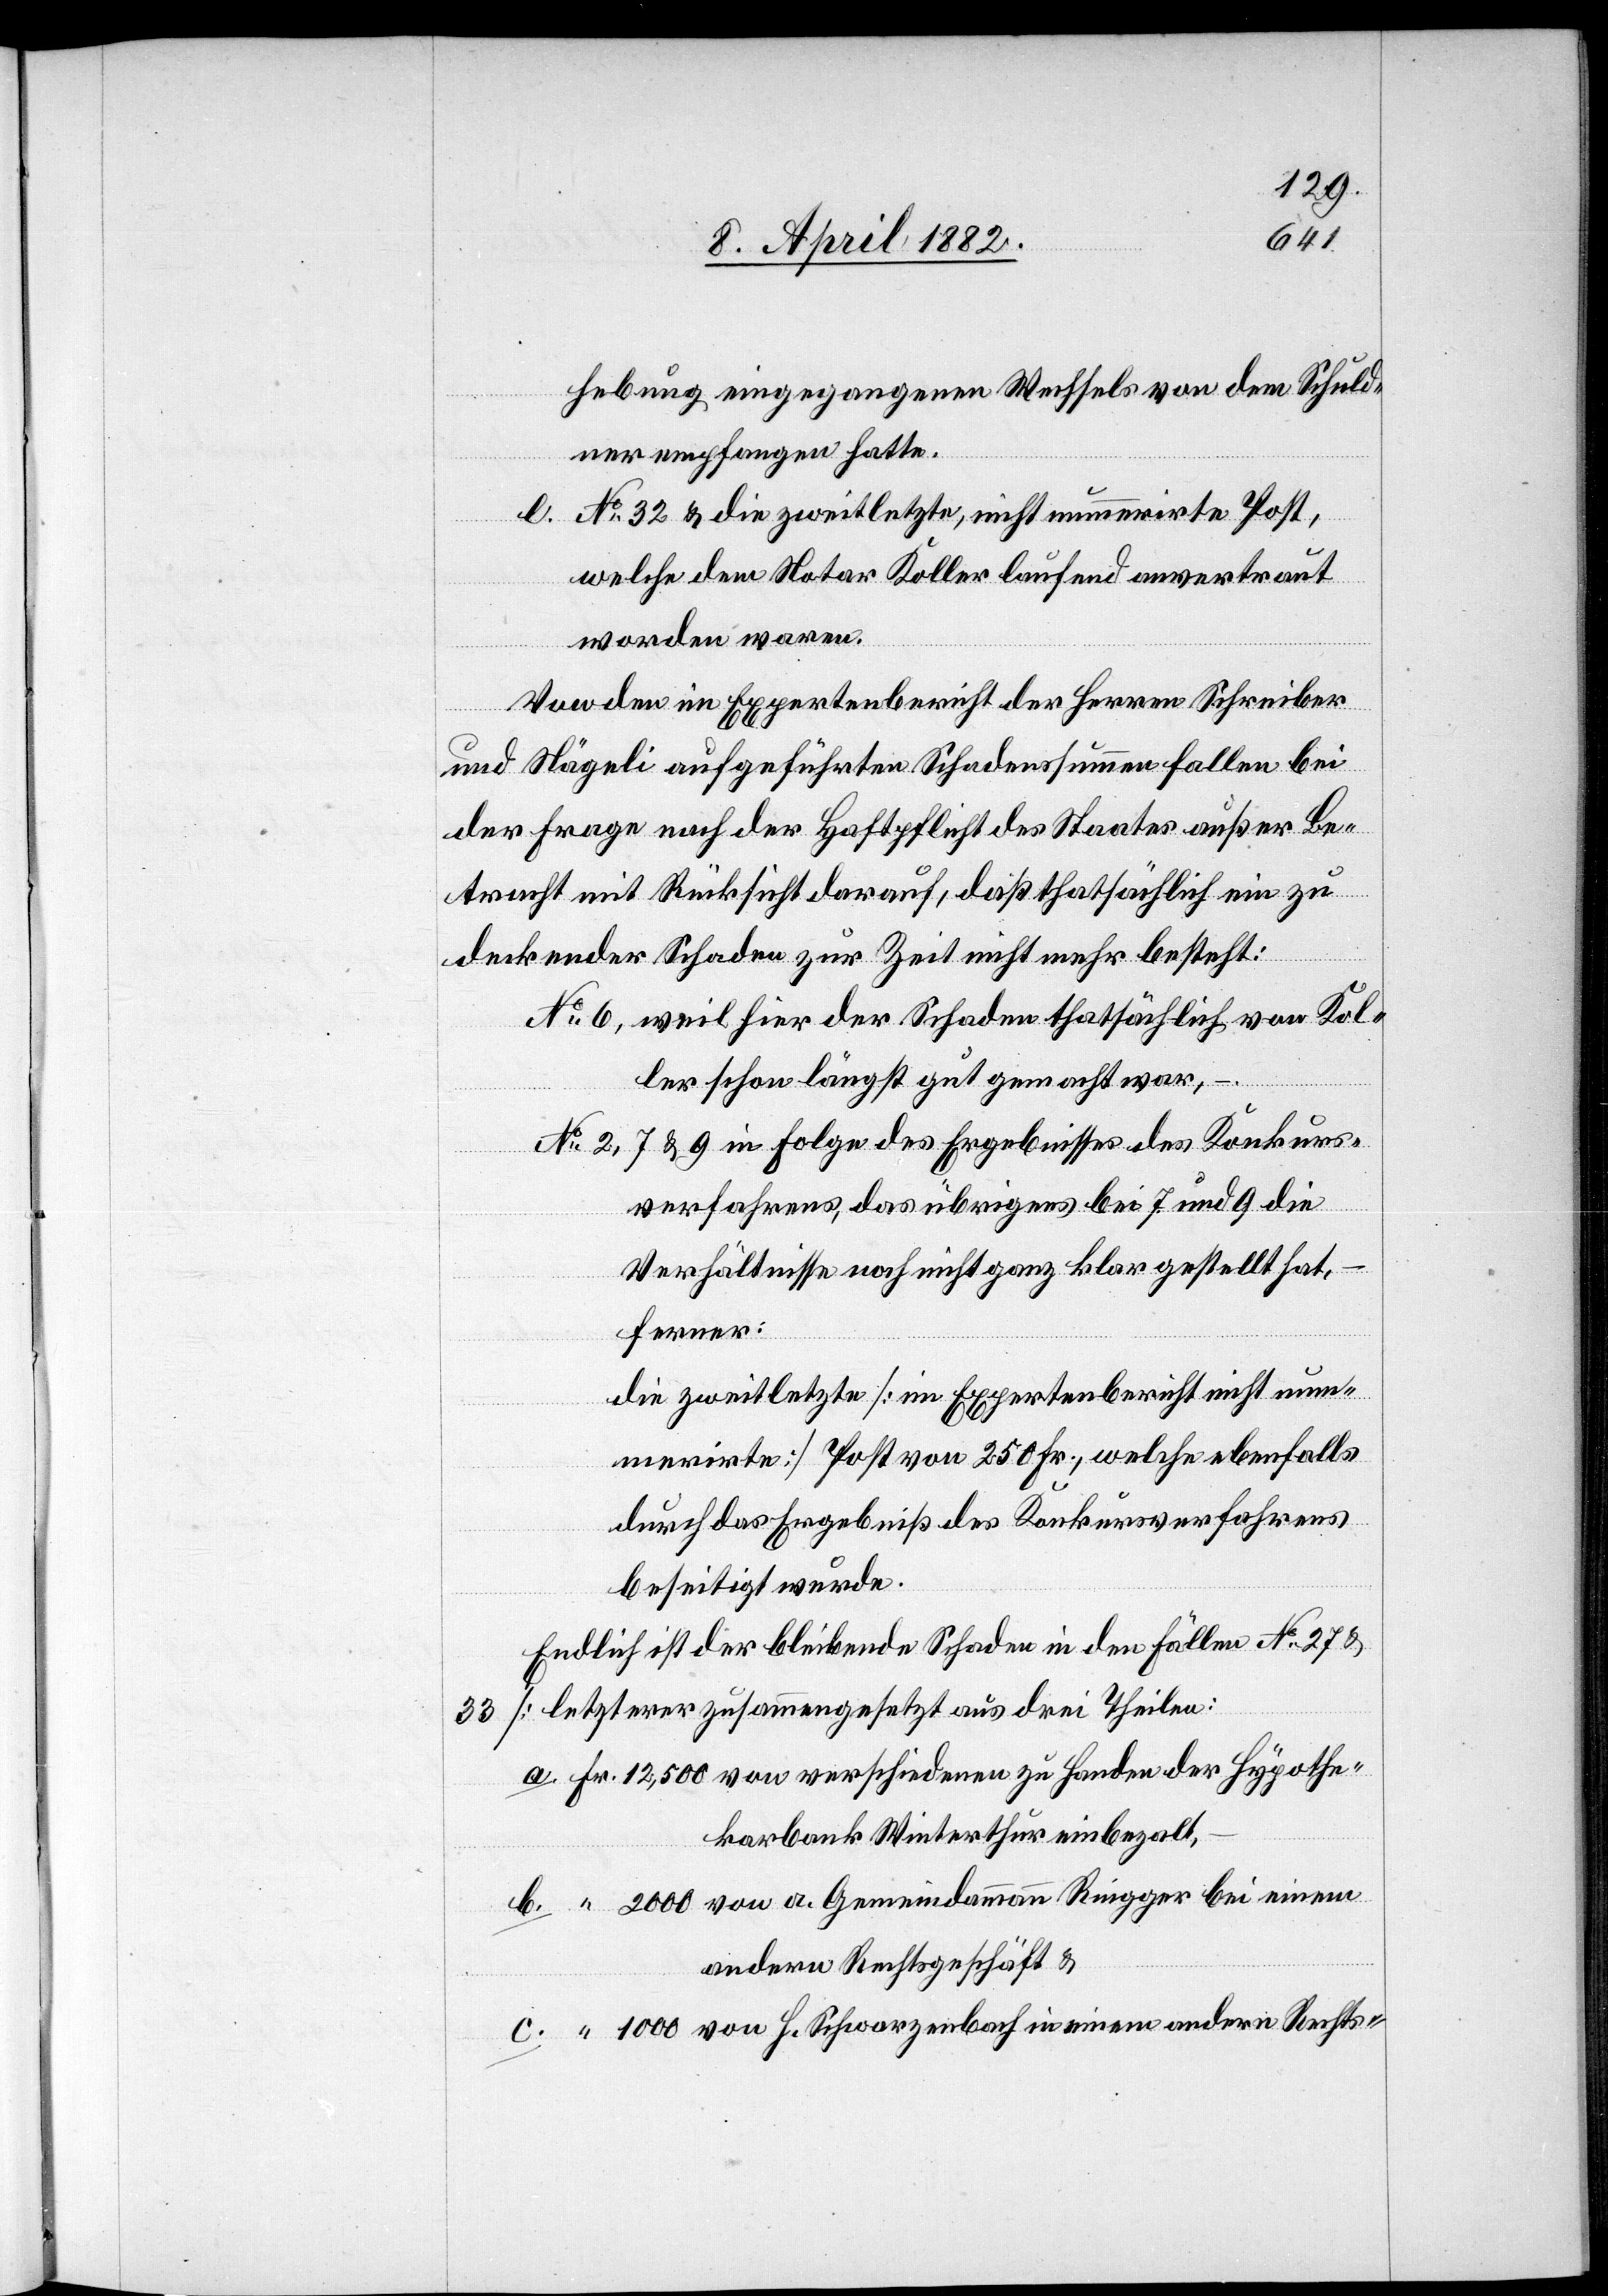
hebung eingegangenen Wechsels von dem Schuld¬
ner empfangen hatte.
No 32 & die zweitletzte, nicht nummerirte Post,
welche dem Notar Keller laufend anvertraut
worden waren.
Von den im Expertenbericht der Herren Schreiber
rn
und Nägeli aufgeführten Schadenssummen fallen bei
der Frage nach der Haftpflicht des Staates außer Be¬
tracht mit Rücksicht darauf, daß thatsächlich ein zu
deckender Schaden zur Zeit nicht mehr besteht:
weil hier der Schaden thatsächlich von Kol¬
ammann
ler schon längst gut gemacht war,
verfahrens, das übrigens bei 7 und 9 die
Verhältnisse noch nicht ganz klar gestellt hat,
ferner:
die zweitletzte [im Expertenbericht nicht num¬
merirte] Post von 250 Fr., welche ebenfalls
durch das Ergebniß des Konkursverfahrens
beseitigt wurde.
Endlich ist der bleibende Schaden in den Fällen
[letzterer zusammengesetzt aus drei Theilen:
karbank Winterthur einbezalt,
andern Rechtsgeschäft &